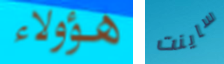
هؤولاء ساينت